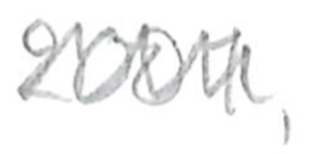
Text: 2001,
Cross-out: zig-zag
Writing tool: pencil